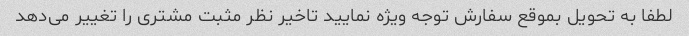
لطفا به تحویل بموقع سفارش توجه ویژه نمایید تاخیر نظر مثبت مشتری را تغییر می‌دهد